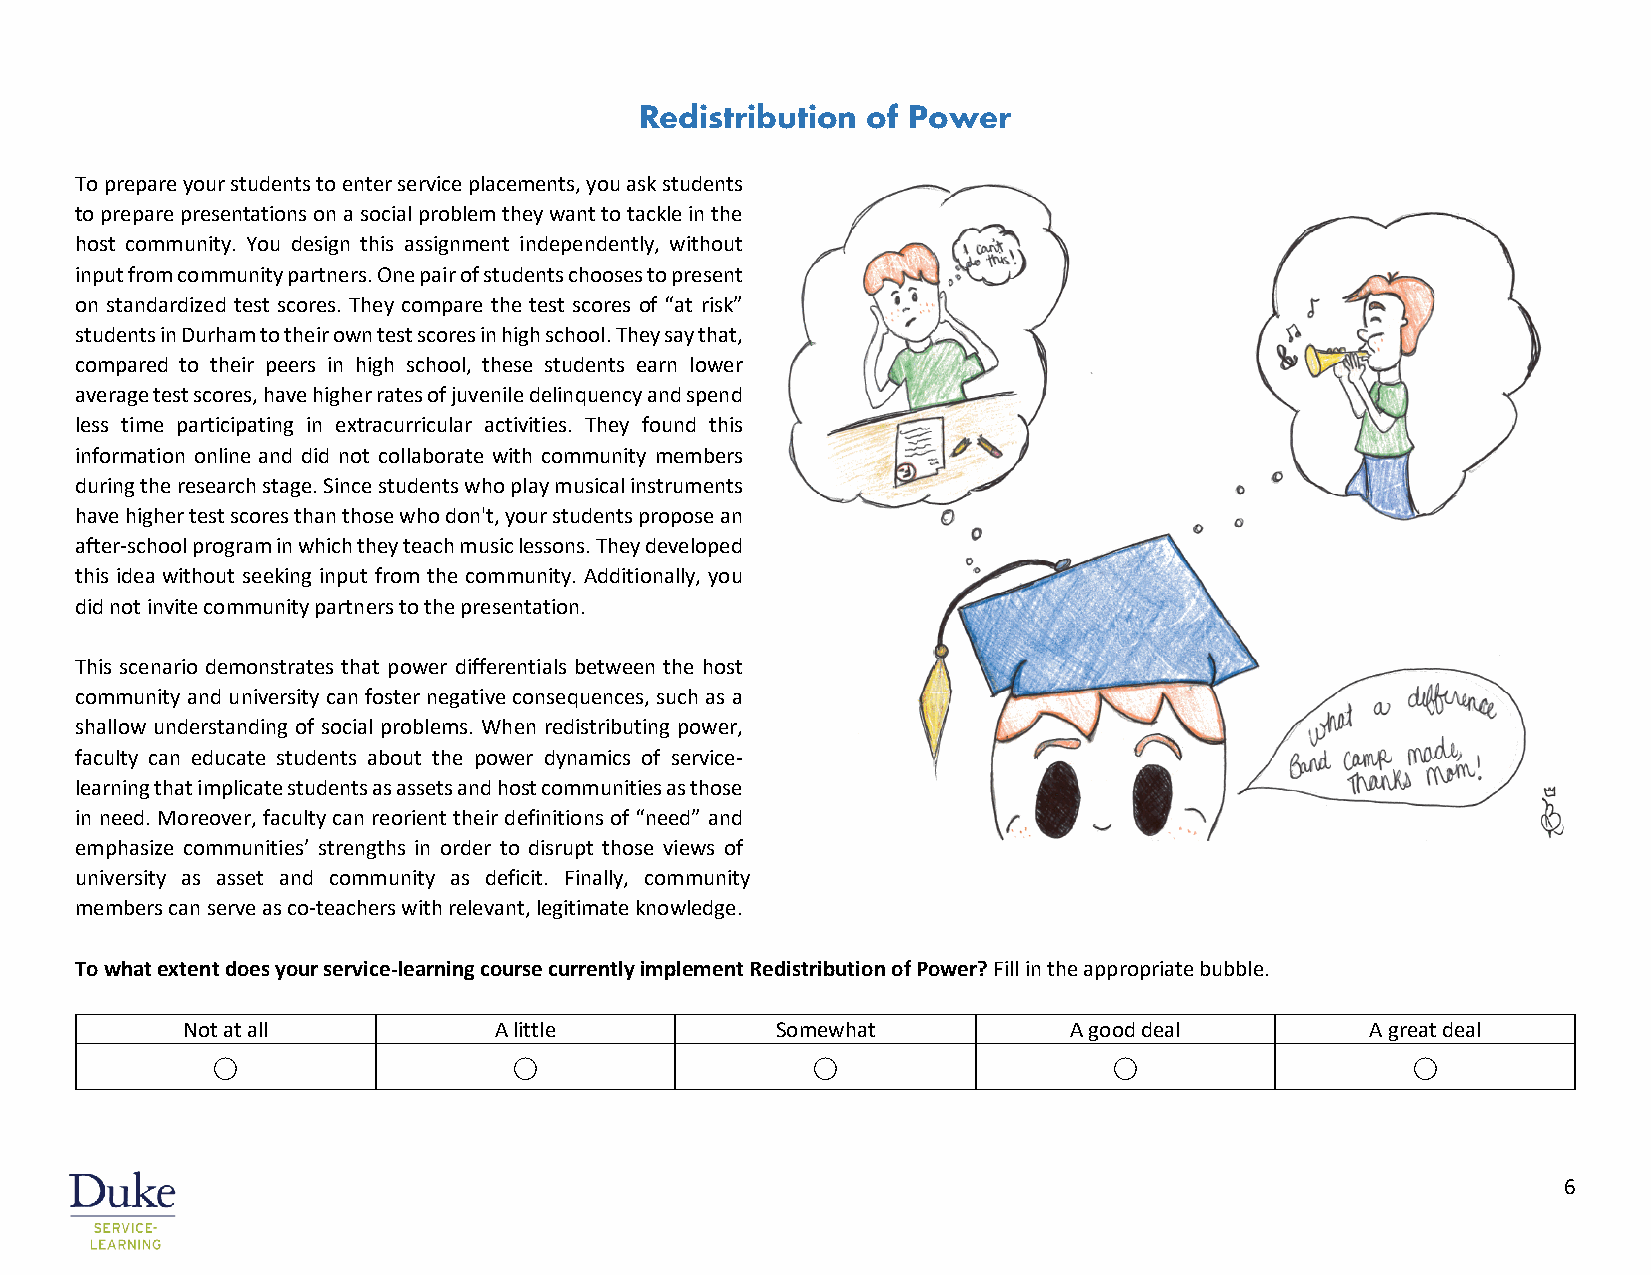
Redistribution of Power
 To prepare your students to enter service placements, you ask students
 to prepare presentations on a social problem they want to tackle in the
 host community. You design this assignment independently, without
 input from community partners. One pair of students chooses to present
 on standardized test scores. They compare the test scores of “at risk”
 students in Durham to their own test scores in high school. They say that,
 compared to their peers in high school, these students earn lower
 average test scores, have higher rates of juvenile delinquency and spend
 less time participating in extracurricular activities. They found this
 information online and did not collaborate with community members
 during the research stage. Since students who play musical instruments
 have higher test scores than those who don't, your students propose an
 after-school program in which they teach music lessons. They developed
 this idea without seeking input from the community. Additionally, you
 did not invite community partners to the presentation.
 This scenario demonstrates that power differentials between the host
 community and university can foster negative consequences, such as a
 shallow understanding of social problems. When redistributing power,
 faculty can educate students about the power dynamics of service-
 learning that implicate students as assets and host communities as those
 in need. Moreover, faculty can reorient their definitions of “need” and
 emphasize communities’ strengths in order to disrupt those views of
 university as asset and community as deficit. Finally, community
 members can serve as co-teachers with relevant, legitimate knowledge.
 To what extent does your service-learning course currently implement Redistribution of Power? Fill in the appropriate bubble.
 Not at all           A little          Somewhat            A good deal         A great deal
 ⃝                   ⃝                   ⃝                   ⃝                   ⃝
 6